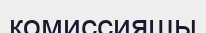
комиссияшы